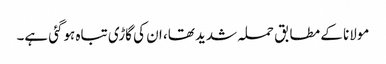
مولانا کے مطابق حملہ شدید تھا، ان کی گاڑی تباہ ہوگئی ہے۔